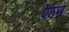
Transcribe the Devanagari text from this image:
ऐठण